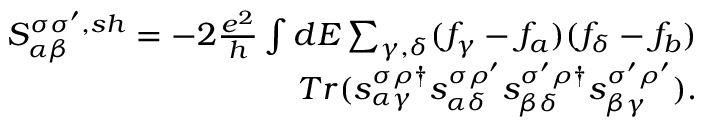
\begin{array} { r } { { S _ { \alpha \beta } ^ { \sigma \sigma ^ { \prime } , s h } } = - 2 \frac { e ^ { 2 } } { h } \int d E \sum _ { \gamma , \delta } ( f _ { \gamma } - f _ { a } ) ( f _ { \delta } - f _ { b } ) } \\ { T r ( s _ { \alpha \gamma } ^ { \sigma \rho \dagger } s _ { \alpha \delta } ^ { \sigma \rho ^ { \prime } } s _ { \beta \delta } ^ { \sigma ^ { \prime } \rho \dagger } s _ { \beta \gamma } ^ { \sigma ^ { \prime } \rho ^ { \prime } } ) . } \end{array}